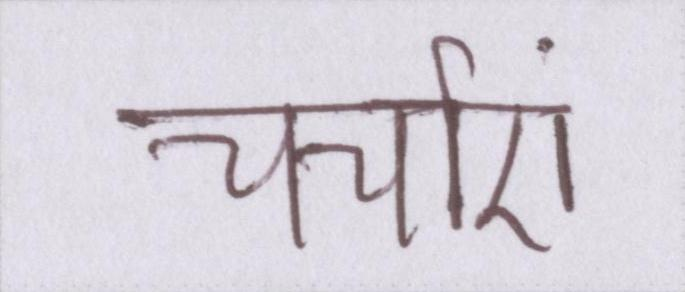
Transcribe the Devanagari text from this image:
चर्चाएं